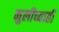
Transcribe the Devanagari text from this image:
मुलीच्याही